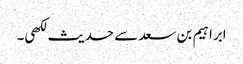
ابراہیم بن سعد سے حدیث لکھی۔